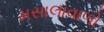
મસાલાવાળો